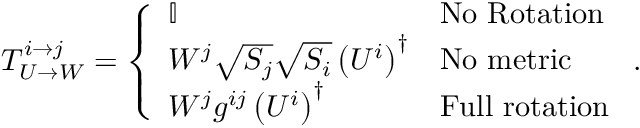
T _ { U \rightarrow W } ^ { i \rightarrow j } = \left\{ \begin{array} { l l } { \mathbb { I } } & { \mathrm { N o \ R o t a t i o n } } \\ { W ^ { j } \sqrt { S _ { j } } \sqrt { S _ { i } } \left( U ^ { i } \right) ^ { \dagger } } & { \mathrm { N o \ m e t r i c } } \\ { W ^ { j } g ^ { i j } \left( U ^ { i } \right) ^ { \dagger } } & { \mathrm { F u l l \ r o t a t i o n } } \end{array} \right. .